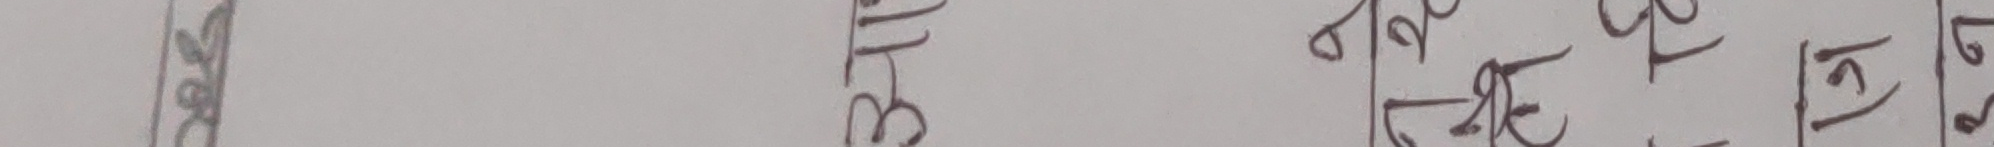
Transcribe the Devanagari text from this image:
DATE
७१ से ३३
५० ३३ का
९९ १६ २
१२ १२
९